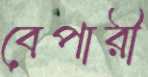
বেপারী